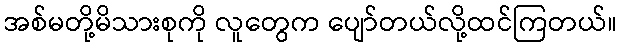
အစ်မတို့မိသားစုကို လူတွေက ပျော်တယ်လို့ထင်ကြတယ်။